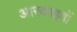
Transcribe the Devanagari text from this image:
आरकाइवों